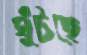
ঘুঁটছে